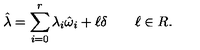
\hat { \lambda } = \sum _ { i = 0 } ^ { r } \lambda _ { i } \hat { \omega } _ { i } + \ell \delta \qquad \ell \in R .